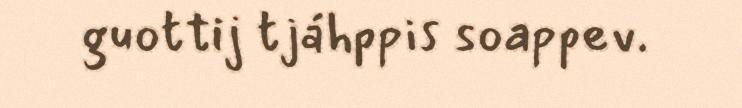
guottij tjáhppis soappev.